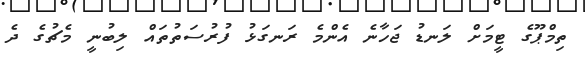
ތިމްޕޫގެ ޓީމަށް ލަނޑު ޖަހާނެ އެންމެ ރަނގަޅު ފުރުސަތުތައް ލިބުނީ މެޗުގެ ދެ